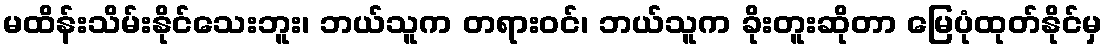
မထိန်းသိမ်းနိုင်သေးဘူး၊ ဘယ်သူက တရားဝင်၊ ဘယ်သူက ခိုးတူးဆိုတာ မြေပုံထုတ်နိုင်မှ